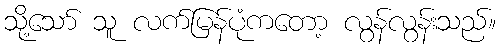
သို့သော် သူ လက်မြန်ပုံကတော့ လွန်လွန်းသည်။